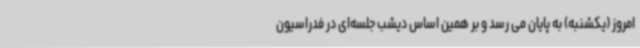
امروز (یکشنبه) به پایان می رسد و بر همین اساس دیشب جلسه‌ای در فدراسیون